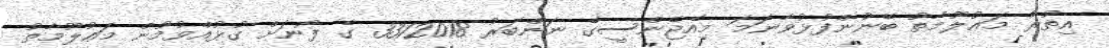
އިތުރު މަޢުލޫމާތު ބޭނުންފުޅުވާނަމަ މިއެޖެންސީގެ ނަންބަރު 3312018 ގެ ފޯނަށް ގުޅުއްވުމުން މަޢުލޫމާތު